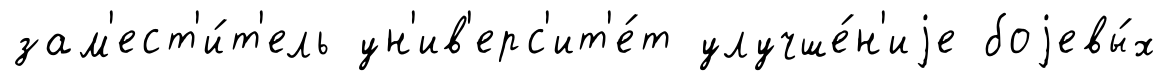
зам'ест'и́т'ель ун'ив'ерс'ит'е́т улучше́н'иjе боjевы́х